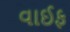
વાઈફ